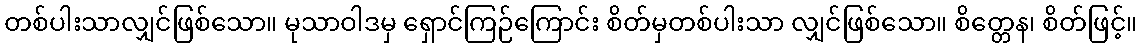
တစ်ပါးသာလျှင်ဖြစ်သော။ မုသာဝါဒမှ ရှောင်ကြဉ်ကြောင်း စိတ်မှတစ်ပါးသာ လျှင်ဖြစ်သော။ စိတ္တေန၊ စိတ်ဖြင့်။